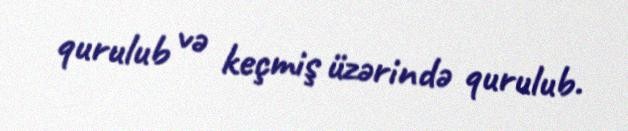
qurulub və keçmiş üzərində qurulub.